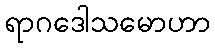
ရာဂဒေါသမောဟာ